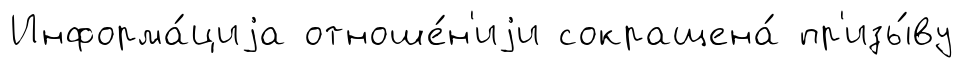
Информа́циjа отноше́н'иjи сокращена́ пр'изы́ву